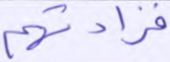
فزادتهم